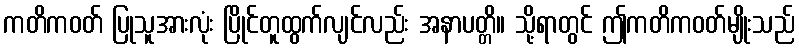
ကတိကဝတ် ပြုသူအားလုံး ပြိုင်တူထွက်လျင်လည်း အနာပတ္တိ။ သို့ရာတွင် ဤကတိကဝတ်မျိုးသည်